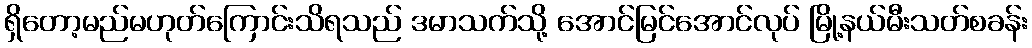
ရှိတော့မည်မဟုတ်ကြောင်းသိရသည် ဒမာသက်သို့ အောင်မြင်အောင်လုပ် မြို့နယ်မီးသတ်စခန်း